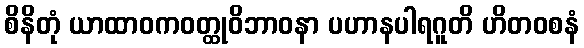
စိနိတုံ ယာထာဝကဝတ္ထုဝိဘာဝနာ ပဟာနပါရဂူတိ ဟိတဝစနံ